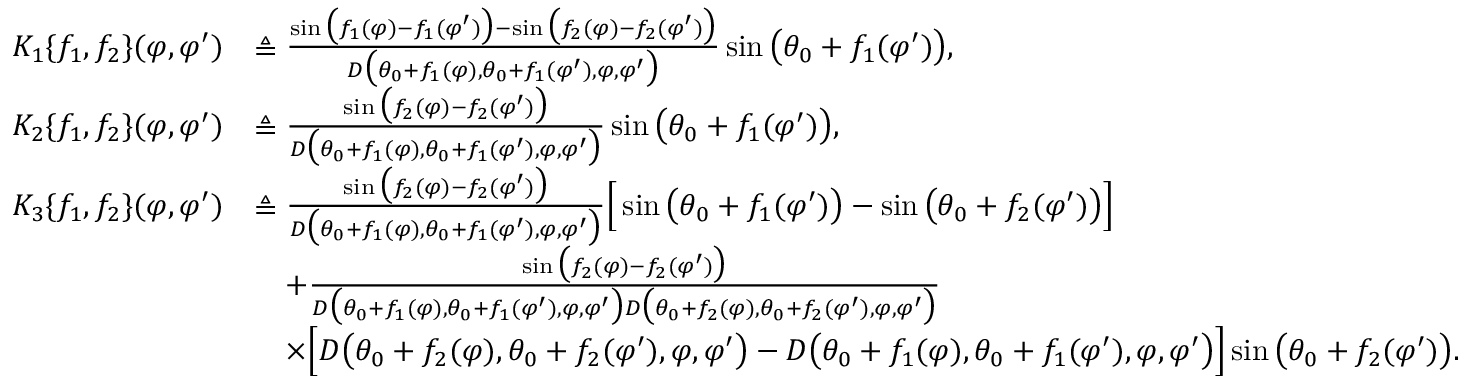
\begin{array} { r l } { K _ { 1 } \{ f _ { 1 } , f _ { 2 } \} ( \varphi , \varphi ^ { \prime } ) } & { \triangleq \frac { \sin \big ( f _ { 1 } ( \varphi ) - f _ { 1 } ( \varphi ^ { \prime } ) \big ) - \sin \big ( f _ { 2 } ( \varphi ) - f _ { 2 } ( \varphi ^ { \prime } ) \big ) } { D \big ( \theta _ { 0 } + f _ { 1 } ( \varphi ) , \theta _ { 0 } + f _ { 1 } ( \varphi ^ { \prime } ) , \varphi , \varphi ^ { \prime } \big ) } \sin \big ( \theta _ { 0 } + f _ { 1 } ( \varphi ^ { \prime } ) \big ) , } \\ { K _ { 2 } \{ f _ { 1 } , f _ { 2 } \} ( \varphi , \varphi ^ { \prime } ) } & { \triangleq \frac { \sin \big ( f _ { 2 } ( \varphi ) - f _ { 2 } ( \varphi ^ { \prime } ) \big ) } { D \big ( \theta _ { 0 } + f _ { 1 } ( \varphi ) , \theta _ { 0 } + f _ { 1 } ( \varphi ^ { \prime } ) , \varphi , \varphi ^ { \prime } \big ) } \sin \big ( \theta _ { 0 } + f _ { 1 } ( \varphi ^ { \prime } ) \big ) , } \\ { K _ { 3 } \{ f _ { 1 } , f _ { 2 } \} ( \varphi , \varphi ^ { \prime } ) } & { \triangleq \frac { \sin \big ( f _ { 2 } ( \varphi ) - f _ { 2 } ( \varphi ^ { \prime } ) \big ) } { D \big ( \theta _ { 0 } + f _ { 1 } ( \varphi ) , \theta _ { 0 } + f _ { 1 } ( \varphi ^ { \prime } ) , \varphi , \varphi ^ { \prime } \big ) } \Big [ \sin \big ( \theta _ { 0 } + f _ { 1 } ( \varphi ^ { \prime } ) \big ) - \sin \big ( \theta _ { 0 } + f _ { 2 } ( \varphi ^ { \prime } ) \big ) \Big ] } \\ & { \quad + \frac { \sin \big ( f _ { 2 } ( \varphi ) - f _ { 2 } ( \varphi ^ { \prime } ) \big ) } { D \big ( \theta _ { 0 } + f _ { 1 } ( \varphi ) , \theta _ { 0 } + f _ { 1 } ( \varphi ^ { \prime } ) , \varphi , \varphi ^ { \prime } \big ) D \big ( \theta _ { 0 } + f _ { 2 } ( \varphi ) , \theta _ { 0 } + f _ { 2 } ( \varphi ^ { \prime } ) , \varphi , \varphi ^ { \prime } \big ) } } \\ & { \quad \times \Big [ D \big ( \theta _ { 0 } + f _ { 2 } ( \varphi ) , \theta _ { 0 } + f _ { 2 } ( \varphi ^ { \prime } ) , \varphi , \varphi ^ { \prime } \big ) - D \big ( \theta _ { 0 } + f _ { 1 } ( \varphi ) , \theta _ { 0 } + f _ { 1 } ( \varphi ^ { \prime } ) , \varphi , \varphi ^ { \prime } \big ) \Big ] \sin \big ( \theta _ { 0 } + f _ { 2 } ( \varphi ^ { \prime } ) \big ) . } \end{array}